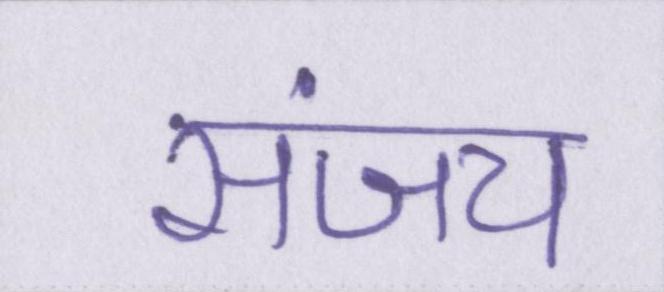
संजय